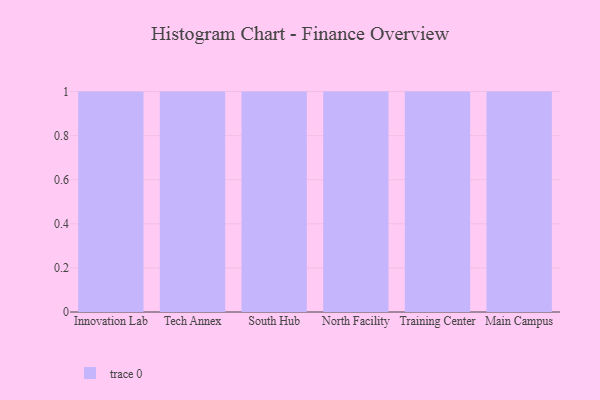
{"axis": {"x": "Campus", "y": "Revenue (USD Million)"}, "legend": [""], "data": [{"x": "Innovation Lab", "y": 63, "type": ""}, {"x": "Tech Annex", "y": 38, "type": ""}, {"x": "South Hub", "y": 40, "type": ""}, {"x": "North Facility", "y": 9, "type": ""}, {"x": "Training Center", "y": 79, "type": ""}, {"x": "Main Campus", "y": 69, "type": ""}]}